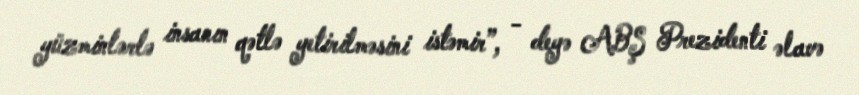
yüzminlərlə insanın qətlə yetirilməsini istəmir”, - deyə ABŞ Prezidenti əlavə